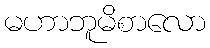
မဟာဘူမိစာလော